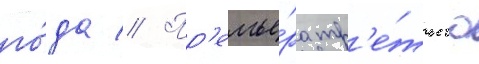
го́да // Пр'емье́ра тр'е́тьего